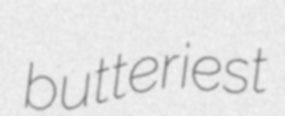
butteriest